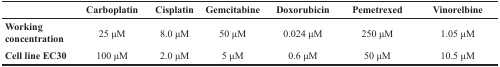
|  | Carboplatin | Cisplatin | Gemcitabine | Doxorubicin | Pemetrexed | Vinorelbine |
 | --- | --- | --- | --- | --- | --- | --- |
 | Working concentration | 25 μM | 8.0 μM | 50 μM | 0.024 μM | 250 μM | 1.05 μM |
 | Cell line EC30 | 100 μM | 2.0 μM | 5 μM | 0.6 μM | 50 μM | 10.5 μM |